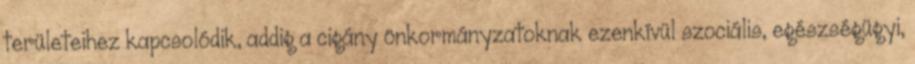
területeihez kapcsolódik, addig a cigány önkormányzatoknak ezenkívül szociális, egészségügyi,